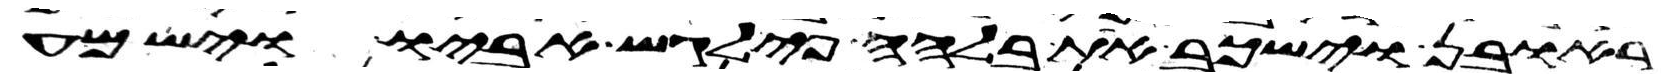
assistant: ראובן וישכב את בלהה פילגש אביו וישמע